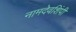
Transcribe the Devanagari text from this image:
नामदेवशिंपी